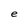
Character: e